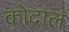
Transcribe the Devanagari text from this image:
कोदाल